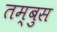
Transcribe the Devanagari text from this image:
तम्बुस